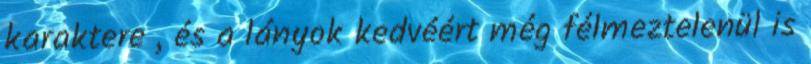
karaktere , és a lányok kedvéért még félmeztelenül is